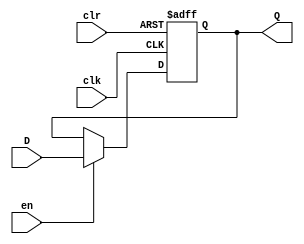
module register(D,Q,en,clk,clr);
	input[31:0] D;
	output reg[31:0] Q;
	input en,clk,clr;
	
	initial begin 
		Q = 32'h00000000;
	end
	
	always @(posedge clk or posedge clr) begin
		if (clr)
			Q=32'h00000000;
		else if (en)
			Q=D;
	end
endmodule